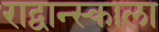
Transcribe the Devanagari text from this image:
राद्वान्स्काला